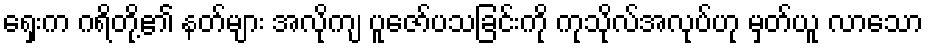
ရှေးက ဂရိတို့၏ နတ်များ အလိုကျ ပူဇော်ပသခြင်းကို ကုသိုလ်အလုပ်ဟု မှတ်ယူ လာသော